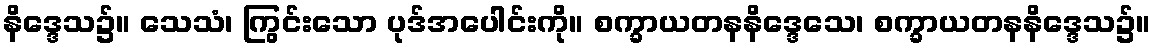
နိဒ္ဒေသ၌။ သေသံ၊ ကြွင်းသော ပုဒ်အပေါင်းကို။ စက္ခာယတနနိဒ္ဒေသေ၊ စက္ခာယတနနိဒ္ဒေသ၌။